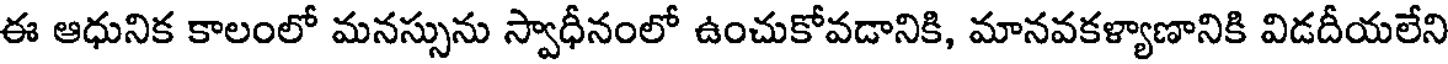
ఈ ఆధునిక కాలంలో మనస్సును స్వాధీనంలో ఉంచుకోవడానికి, మానవకళ్యాణానికి విడదీయలేని